Vaccination United Provinces of Agra and Oudh 1923-1928 - 1923-1928
Year: 1923
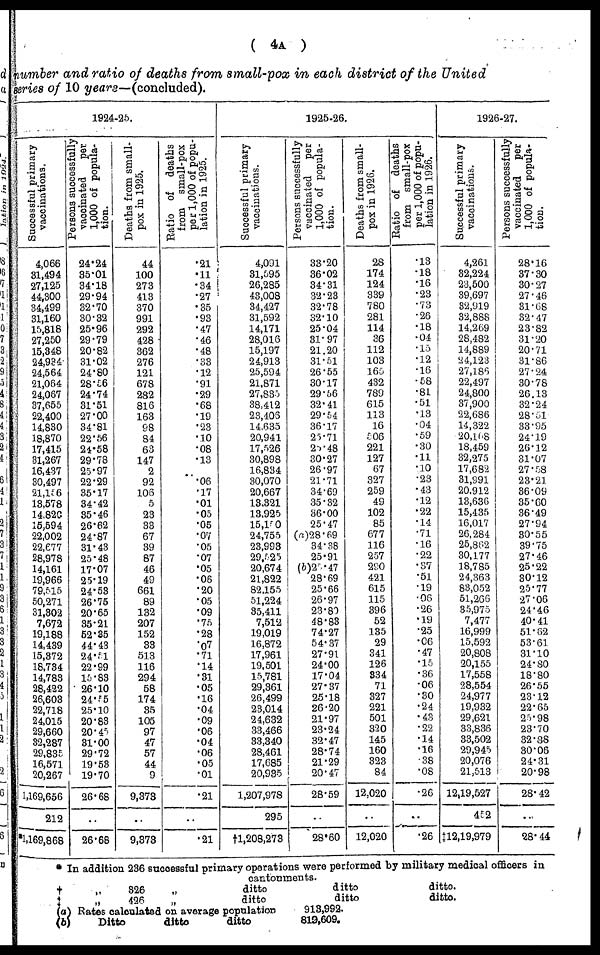
( 4A )
number and ratio of deaths from small-pox in each district of the United
series of 10 years—(concluded).
1924-25.
Successful primary
vaccinations.
4,066
31,494
27,125
44,300
34,499
31,160
15,818
27,250
15,348
24,934
24,564
21,064
24,067
37,655
22,400
14,830
18,870
17,415
31,267
16,437
30,497
21,156
18,578
14,820
15,594
22,002
22,677
28,978
14,161
19,966
79,515
50,271
31,302
7,672
19,188
14,439
15,372
18,734
14,783
28,422
26,603
22,718
24,015
29,660
32,287
29,835
16,571
20,267
1,169,656
212
1,169,868
Persons successfully
vaccinated
per
1,000 of popula¬
tion.
24.24
35.01
34.18
29.94
32.70
30.32
25.96
29.79
20.82
31.02
24.80
28.56
24.74
31.51
27.00
34.81
22.56
24.58
29.78
25.97
22.29
35.17
34.42
35.46
26.62
24.87
31.43
25.48
17.07
25.19
24.53
26.75
20.65
35.21
52.35
44.43
24.51
22.99
15.83
26.10
24.55
25.10
20.83
20.45
31.00
29.72
19.53
19.70
26.68
..
26.68
Deaths from small-
pox in 1925.
44
100
273
413
370
991
292
428
362
276
121
678
282
816
163
98
84
63
147
2
92
106
5
23
33
67
39
87
46
49
661
89
132
207
152
33
513
116
294
58
174
35
105
97
47
57
44
9
9,373
..
9,373
Ratio of deaths
from small-pox
per 1,000 of popu-
lation in 1925.
.21
.11
.34
.27
.35
.93
.47
.46
.48
.33
.12
.91
.29
.68
.19
.23
.10
.08
.13
..
.06
.17
.01
.05
.05
.07
.05
.07
.05
.06
.20
.05
.09
.75
.28
.07
.71
.14
.31
.05
.16
.04
.09
.06
.04
.06
.05
.01
.21
..
.21
1925-26.
Successful primary
vaccinations.
4,091
31,595
26,285
43,008
34,427
31,592
14,171
28,016
15,197
24,913
25,594
21,871
27,835
38,412
23,406
14,635
20,941
17,526
30,898
16,834
30,070
20,667
13,321
13,925
15,150
24,755
23,993
29,525
20,674
21,822
82,155
51,224
35,411
7,512
19,019
16,872
17,961
19,501
15,781
29,361
26,499
23,014
24,632
33,466
33,340
28,461
17,685
20,935
1,207,978
295
†1,208,278
Persons successfully
vaccinated
per
1,000 of popula-
tion.
33.20
36.02
34.31
32.23
32.78
32.10
25.04
31.97
21.20
31.51
26.55
30.17
29.56
32.41
29.54
36.17
25.71
28.48
30.27
26.97
21.71
34.69
35.32
36.00
25.47
(a)28.69
34.38
25.91
(b)25.47
28.69
25.66
26.97
23.80
48.83
74.27
54.37
27.91
24.00
17.04
27.37
25.18
26.20
21.97
23.24
32.47
28.74
21.29
20.47
28.59
..
28.60
Deaths from small-
pox in 1926.
28
174
124
339
780
281
114
36
112
103
165
432
789
615
113
16
506
221
127
67
327
259
49
102
85
677
116
257
290
421
615
115
396
52
135
29
341
126
334
71
327
221
501
320
145
160
323
84
12,020
..
12,020
Ratio of deaths
from small-pox
per 1,000 of popu-
-ation in 1926.
.13
.18
.16
.23
.73
.26
.18
.04
.15
.12
.16
.58
.81
.51
.13
.04
.59
.30
.11
.10
.23
.43
.12
.22
.14
.71
.16
.22
.37
.51
.19
.06
.26
.19
.25
.06
.47
.15
.36
.06
.30
.24
.43
.22
.14
.16
.38
.08
.26
..
.26
1926-27.
Successful primary
vaccinations.
4,261
32,224
23,500
39,697
32,919
32,888
14,269
28,482
14,889
24,123
27,185
22,497
24,800
37,900
22,686
14,322
20,168
18,459
32,275
17,682
31,991
20.912
13,636
15,435
16,017
26,284
25,862
30,177
18,785
24,363
83,052
51,266
35,975
7,477
16,999
15,592
20,808
20,155
17,558
28,554
24,977
19,932
29,621
33,836
33,502
29,945
20,076
21,513
12,19,527
452
F12,19,979
Persons successfully
vaccinated
per
1,000 of popula-
tion.
28.16
37.30
30.27
27.46
31.68
32.47
23.82
31.20
20.71
31.86
27.24
30.78
26.13
32.24
28.51
33.95
24.19
26.12
31.07
27.58
23.21
36.09
35.60
36.49
27.94
30.55
39.75
27.46
25.22
30.12
25.77
27.06
24.46
40.41
51.62
53.61
31.10
24.80
18.80
26.55
23.12
22.65
25.98
23.70
32.88
30.06
24.31
20.98
28.42
..
28.44
*
†
‡
(a)
(b)
In addition 236 successful primary operations were performed by military medical officers in
cantonments.
„
326
„
426
„ ditto
„ ditto
Rates calculated on average population
Ditto
ditto
ditto
ditto
ditto
913,992.
819,609.
ditto.
ditto.